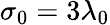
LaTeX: \sigma_{0}=3\lambda_{0}